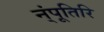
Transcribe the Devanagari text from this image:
न्ंपूतिरि